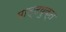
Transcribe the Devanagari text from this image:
माल्टयुक्त